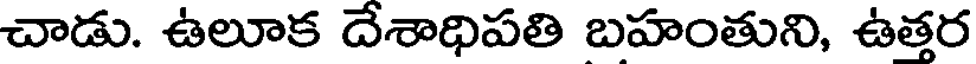
చాడు. ఉలూక దేశాధిపతి బహంతుని, ఉత్తర